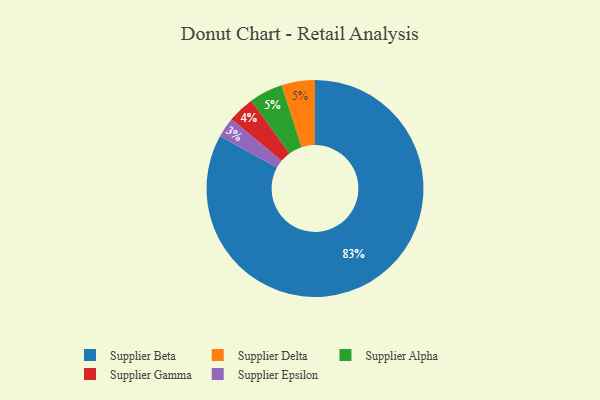
{"axis": {"x": "Category", "y": "Percentage"}, "legend": ["Supplier Alpha", "Supplier Beta", "Supplier Delta", "Supplier Epsilon", "Supplier Gamma"], "data": [{"x": "Supplier Epsilon", "y": 3, "type": "Supplier Epsilon"}, {"x": "Supplier Delta", "y": 5, "type": "Supplier Delta"}, {"x": "Supplier Alpha", "y": 5, "type": "Supplier Alpha"}, {"x": "Supplier Gamma", "y": 4, "type": "Supplier Gamma"}, {"x": "Supplier Beta", "y": 83, "type": "Supplier Beta"}]}